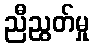
ညီညွတ်မှု